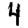
Digit: 4